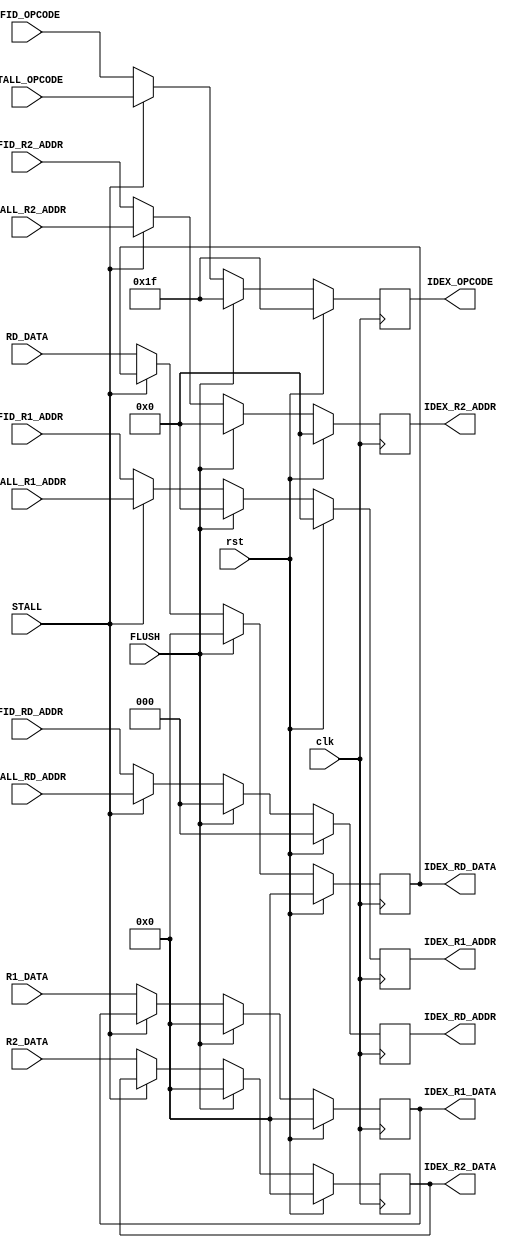
module IDEX (
	output	[4:0]	IDEX_OPCODE,
	output 	[2:0]	IDEX_RD_ADDR,
	output 	[3:0]	IDEX_R1_ADDR,
	output	[3:0]	IDEX_R2_ADDR,
	output	[7:0]	IDEX_RD_DATA,
	output	[7:0]	IDEX_R1_DATA,
	output	[7:0]	IDEX_R2_DATA,
	input 	[4:0]	IFID_OPCODE,
	input 	[2:0]	IFID_RD_ADDR,
	input 	[3:0]	IFID_R1_ADDR,
	input 	[3:0]	IFID_R2_ADDR,
	input  	[7:0]	RD_DATA,
	input  	[7:0]	R1_DATA,
	input  	[7:0]	R2_DATA,
	input 			STALL,
	input 			FLUSH,
	input			rst,
	input			clk,

	input 	[4:0]	STALL_OPCODE,
	input 	[2:0]	STALL_RD_ADDR,
	input 	[3:0]	STALL_R1_ADDR,
	input 	[3:0]	STALL_R2_ADDR
	);

	reg		[4:0]	opcode;
	reg 	[2:0]	rdaddr;
	reg 	[3:0] 	r1addr;
	reg 	[3:0]	r2addr;
	reg 	[7:0]	rddata;
	reg 	[7:0] 	r1data;
	reg 	[7:0]	r2data;

always @(posedge clk)
	if (rst) begin
		opcode 	<= 5'h1f;
		rdaddr <= 0;
		r1addr <= 0;
		r2addr <= 0;
		rddata <= 0;
		r1data <= 0;
		r2data <= 0;
	end
	else begin
		if (FLUSH) begin
			opcode 	<= 5'h1f;
			rdaddr <= 0;
			r1addr <= 0;
			r2addr <= 0;
			rddata <= 0;
			r1data <= 0;
			r2data <= 0;
		end 
		else if (STALL) begin
			opcode 	<= STALL_OPCODE;
			rdaddr <= STALL_RD_ADDR;
			r1addr <= STALL_R1_ADDR;
			r2addr <= STALL_R2_ADDR;
		end
		else begin
			opcode 	<= IFID_OPCODE;
			rdaddr <= IFID_RD_ADDR;
			r1addr <= IFID_R1_ADDR;
			r2addr <= IFID_R2_ADDR;
			rddata <= RD_DATA;
			r1data <= R1_DATA;
			r2data <= R2_DATA;
		end
	end 

assign IDEX_OPCODE 	= opcode;
assign IDEX_RD_ADDR = rdaddr;
assign IDEX_R1_ADDR = r1addr;
assign IDEX_R2_ADDR = r2addr;
assign IDEX_RD_DATA = rddata;
assign IDEX_R1_DATA = r1data;
assign IDEX_R2_DATA = r2data;
endmodule